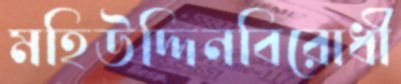
মহিউদ্দিনবিরোধী